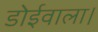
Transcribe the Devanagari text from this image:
डोईवाला।